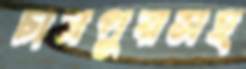
চানপুরসহ